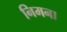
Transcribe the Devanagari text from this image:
निमना